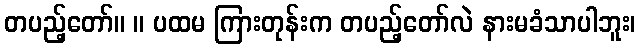
တပည့်တော်။ ။ ပထမ ကြားတုန်းက တပည့်တော်လဲ နားမခံသာပါဘူး၊